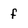
Character: f